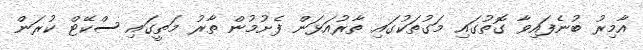
އާމިރު ބުނެފައިވާ ގޮތުގައި މަގުތަކުގައި ތާރުއަޅަން ފެށުމުން ތާރު މަތީގައި ސްކޭޓް ކުރަން